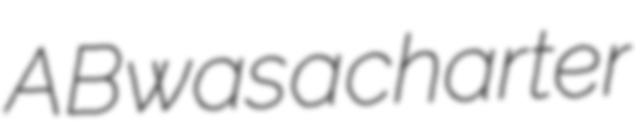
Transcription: AB was a charter